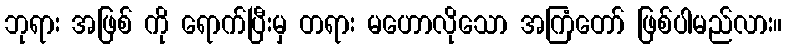
ဘုရား အဖြစ် ကို ရောက်ပြီးမှ တရား မဟောလိုသော အကြံတော် ဖြစ်ပါမည်လား။